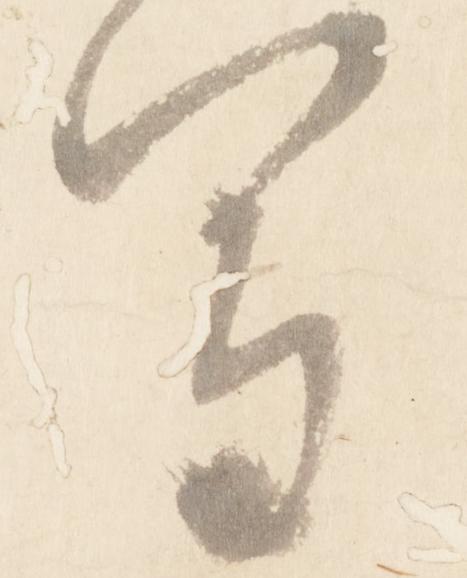
写